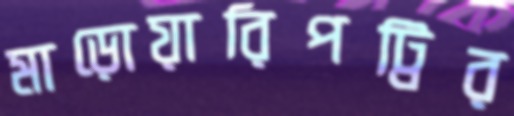
মাড়োয়ারিপট্টির